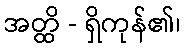
အတ္ထိ - ရှိကုန်၏၊